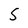
Character: 5